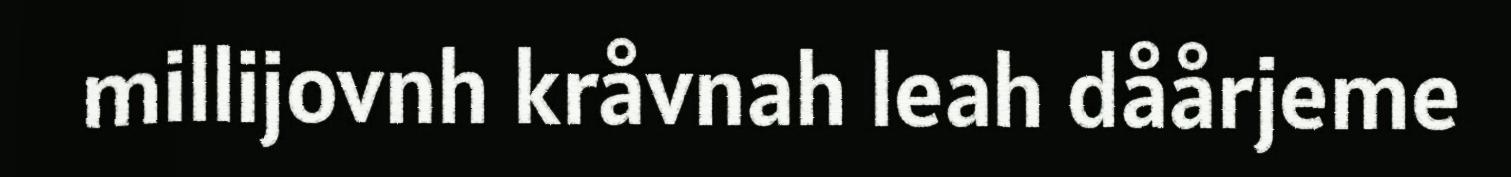
millijovnh kråvnah leah dåårjeme